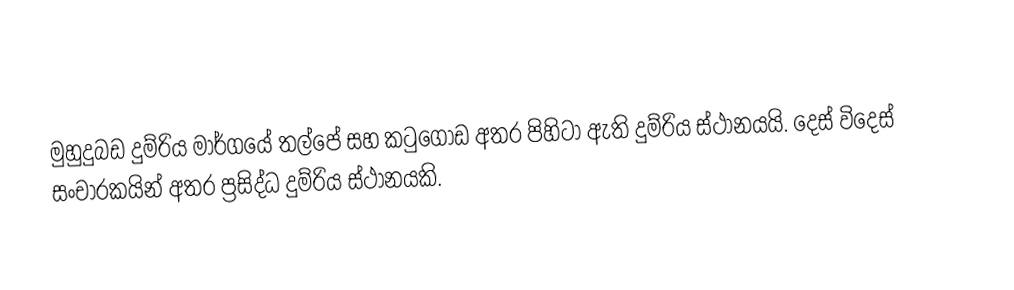
මුහුදුබඩ දුම්රිය මාර්ගයේ තල්පේ සහ කටුගොඩ අතර පිහිටා ඇති දුම්රිය ස්ථානයයි. දෙස් විදෙස් සංචාරකයින් අතර ප්‍රසිද්ධ දුම්රිය ස්ථානයකි.